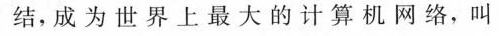
结，成为世界上最大的计算机网络，叫